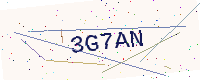
Text: 3G7AN